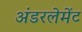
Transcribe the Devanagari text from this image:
अंडरलेमेंट